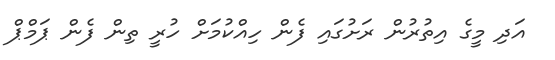
އަދި މީގެ އިތުރުން ރަށުގައި ފެން ހިއްކުމަށް ހުރީ ތިން ފެން ޕަމްޕް